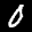
Label: 0